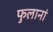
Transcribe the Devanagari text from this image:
फुलानां